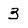
Character: 3